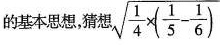
的基本思想，猜想 \sqrt{ \frac{1}{4} \times ( \frac{1}{5}- \frac{1}{6})}